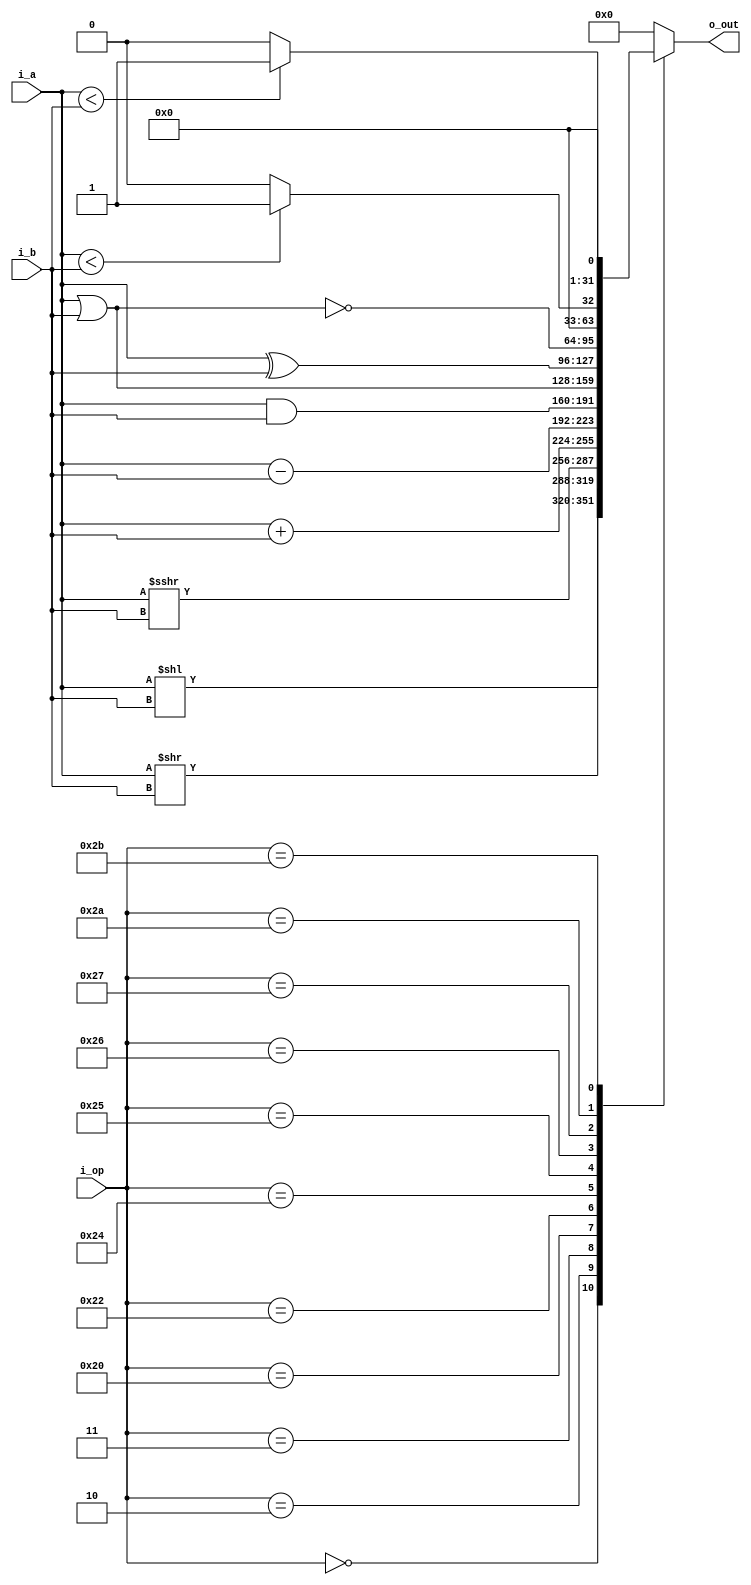
//! @title ALU
//! @file alu.v
//! @author Felipe Montero Bruni
//! @date 09-2023
//! @version 0.1

module alu
#(
    parameter NB_REG = 32,              //! NB of inputs and output
    parameter NB_OP  = 6                //! NB of operation input
) (
    output reg  [NB_REG - 1 : 0] o_out, //! Result output
    input       [NB_REG - 1 : 0] i_a  , //! a input
    input       [NB_REG - 1 : 0] i_b  , //! b input
    input       [NB_OP  - 1 : 0] i_op   //! Operation type input
);

    //! ALU logic
    always @(*) begin
        case (i_op)
            6'b000000 : o_out = i_a << i_b                                         ;  // SLL
            6'b000010 : o_out = i_a >> i_b                                         ;  // SRL
            6'b000011 : o_out = $signed(i_a) >>> i_b                               ;  // SRA
            6'b100000 : o_out = i_a + i_b                                          ;  // ADD
            6'b100010 : o_out = i_a - i_b                                          ;  // SUB
            6'b100100 : o_out = i_a & i_b                                          ;  // AND
            6'b100101 : o_out = i_a | i_b                                          ;  // OR
            6'b100110 : o_out = i_a ^ i_b                                          ;  // XOR
            6'b100111 : o_out = ~(i_a | i_b)                                       ;  // NOR
            6'b101010 : o_out = $signed(i_a) < $signed(i_b) ? 1'b1 : {NB_REG{1'b0}};  // SLT
            6'b101011 : o_out = (i_a < i_b) ? 1'b1 : {NB_REG{1'b0}}                ;  // SLTu
            default   : o_out = {NB_REG{1'b0}}                                     ;
        endcase
    end

endmodule